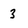
Character: 3